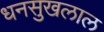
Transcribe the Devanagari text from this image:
धनसुखलाल